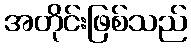
အတိုင်းဖြစ်သည်